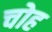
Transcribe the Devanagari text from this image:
चोह